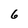
Character: 6